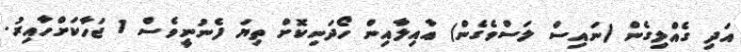
އަދި ގެއްލިގެން (ނައިސް ލަސްވެގެން) ޢާއިލާއިން ހޯދަނިކޮށް ތިޔަ ފެނުނީވެސް 1 ޖަހާކަށްހާއިރު.